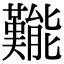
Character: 㔮